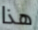
هذا